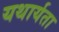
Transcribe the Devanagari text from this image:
यथार्यता